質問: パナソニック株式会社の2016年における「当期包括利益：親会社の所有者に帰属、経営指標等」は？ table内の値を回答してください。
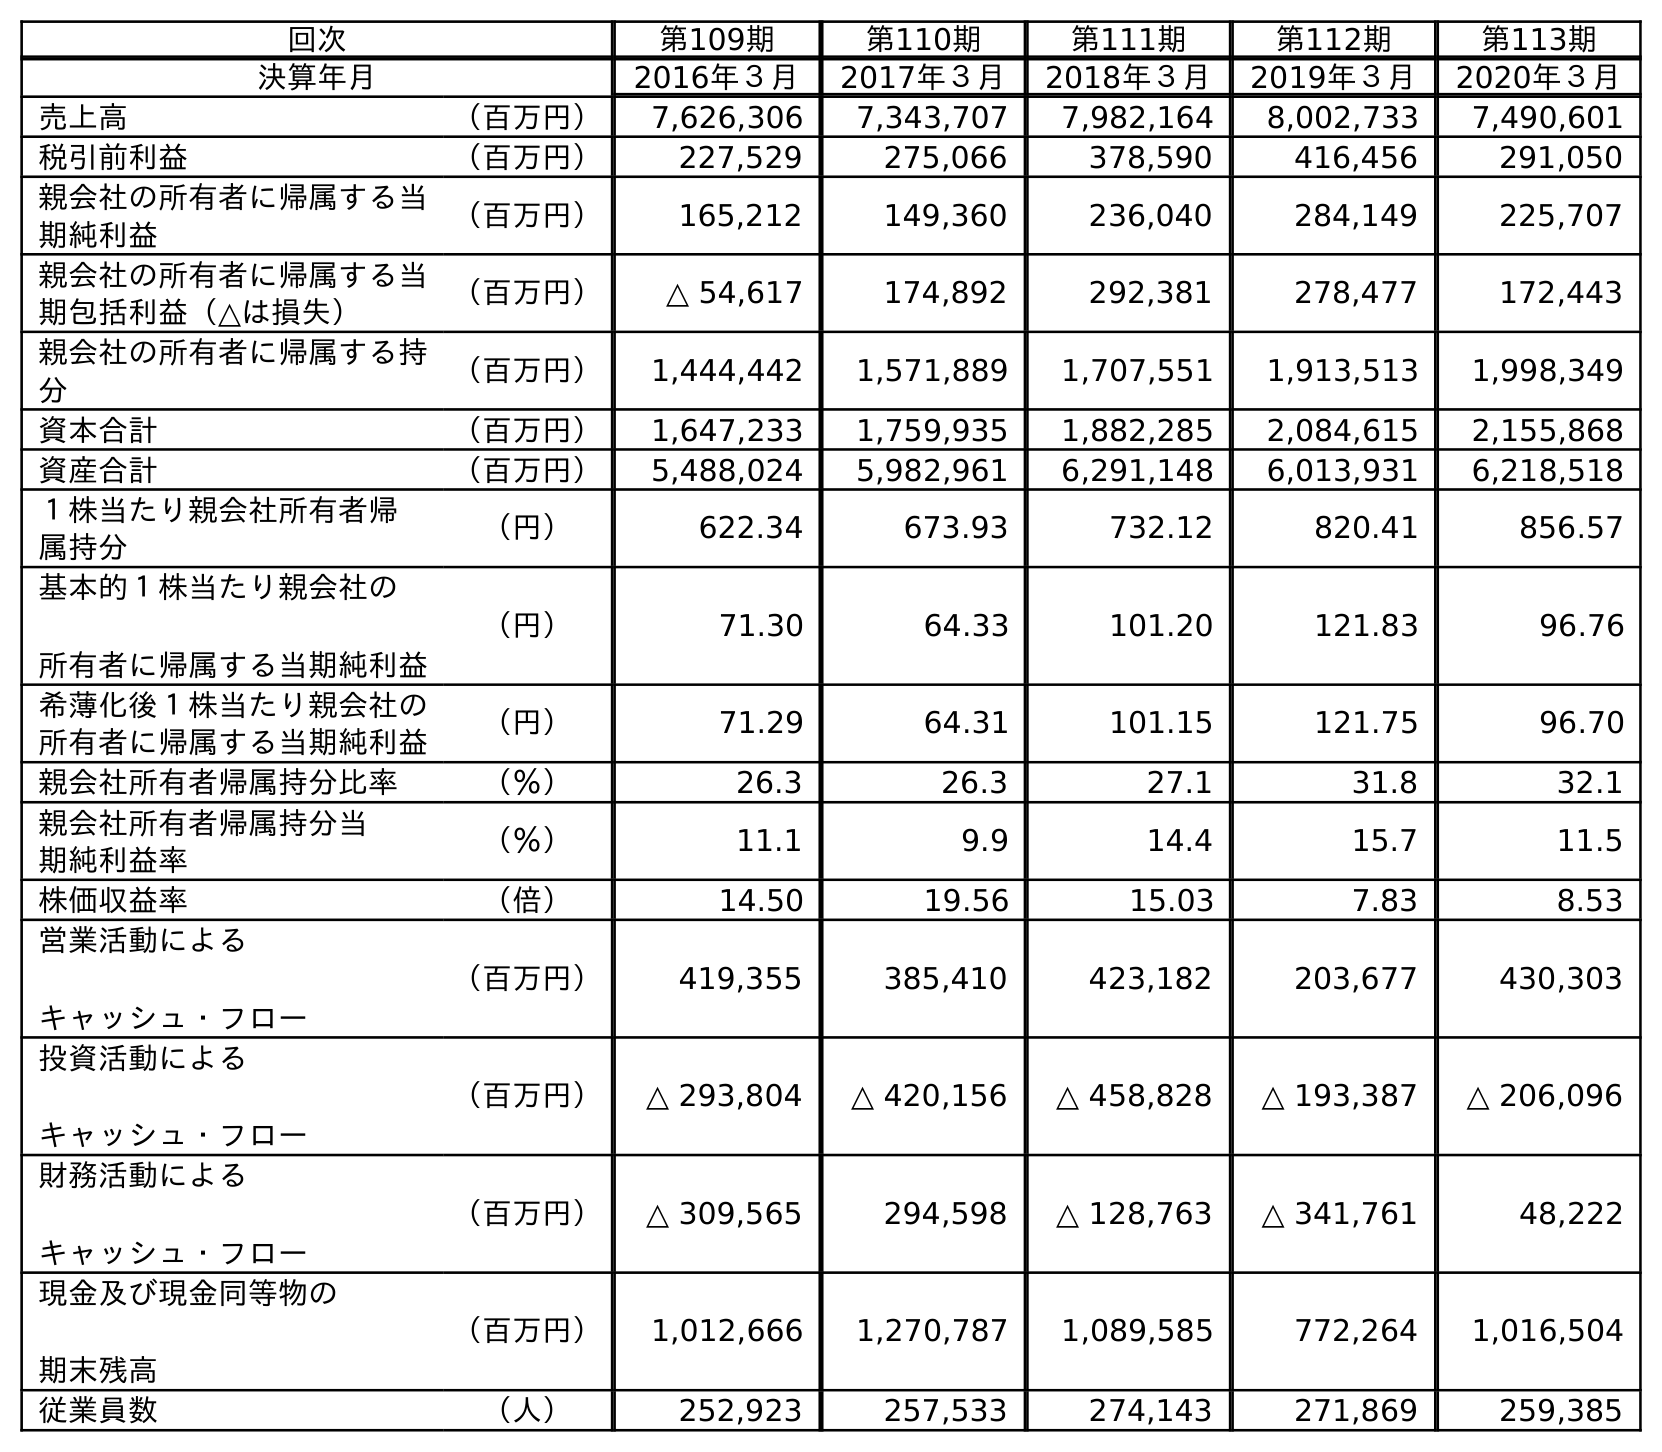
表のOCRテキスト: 回次 第109期 第110期 第111期 第112期 第113期 決算年月 2016年３月 2017年３月 2018年３月 2019年３月 2020年３月 売上高 （百万円） 7,626,306 7,343,707 7,982,164 8,002,733 7,490,601 税引前利益 （百万円） 227,529 275,066 378,590 416,456 291,050 親会社の所有者に帰属する当 期純利益 （百万円） 165,212 149,360 236,040 284,149 225,707 親会社の所有者に帰属する当 期包括利益（△は損失） （百万円） △ 54,617 174,892 292,381 278,477 172,443 親会社の所有者に帰属する持 分 （百万円） 1,444,442 1,571,889 1,707,551 1,913,513 1,998,349 資本合計 （百万円） 1,647,233 1,759,935 1,882,285 2,084,615 2,155,868 資産合計 （百万円） 5,488,024 5,982,961 6,291,148 6,013,931 6,218,518 １株当たり親会社所有者帰 属持分 （円） 622.34 673.93 732.12 820.41 856.57 基本的１株当たり親会社の 所有者に帰属する当期純利益 （円） 71.30 64.33 101.20 121.83 96.76 希薄化後１株当たり親会社の 所有者に帰属する当期純利益 （円） 71.29 64.31 101.15 121.75 96.70 親会社所有者帰属持分比率 （％） 26.3 26.3 27.1 31.8 32.1 親会社所有者帰属持分当 期純利益率 （％） 11.1 9.9 14.4 15.7 11.5 株価収益率 （倍） 14.50 19.56 15.03 7.83 8.53 営業活動による キャッシュ・フロー （百万円） 419,355 385,410 423,182 203,677 430,303 投資活動による キャッシュ・フロー （百万円） △ 293,804 △ 420,156 △ 458,828 △ 193,387 △ 206,096 財務活動による キャッシュ・フロー （百万円） △ 309,565 294,598 △ 128,763 △ 341,761 48,222 現金及び現金同等物の 期末残高 （百万円） 1,012,666 1,270,787 1,089,585 772,264 1,016,504 従業員数 （人） 252,923 257,533 274,143 271,869 259,385
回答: △54,617